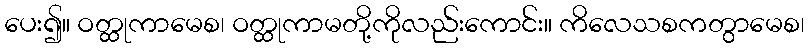
ပေး၍။ ဝတ္ထုကာမေစ၊ ဝတ္ထုကာမတို့ကိုလည်းကောင်း။ ကိလေသစကတွာမေစ၊